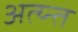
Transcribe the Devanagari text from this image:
अत्य्न्त